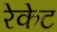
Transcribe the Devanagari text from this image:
रेकेट